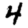
Digit: 4